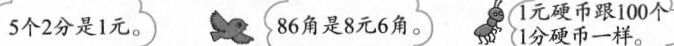
5个2分是1元。 86角是8元6角。1元硬币跟100个1分硬币一样。